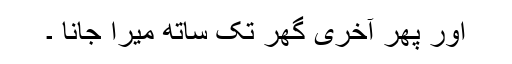
اور پھر آخری گھر تک ساتھ میرا جانا ۔